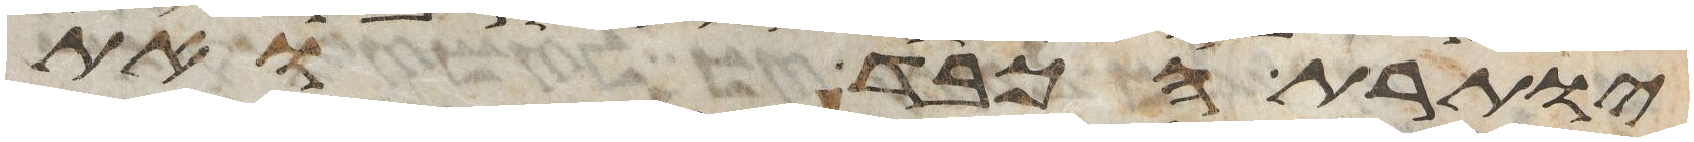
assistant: יותרת הכבד ואת